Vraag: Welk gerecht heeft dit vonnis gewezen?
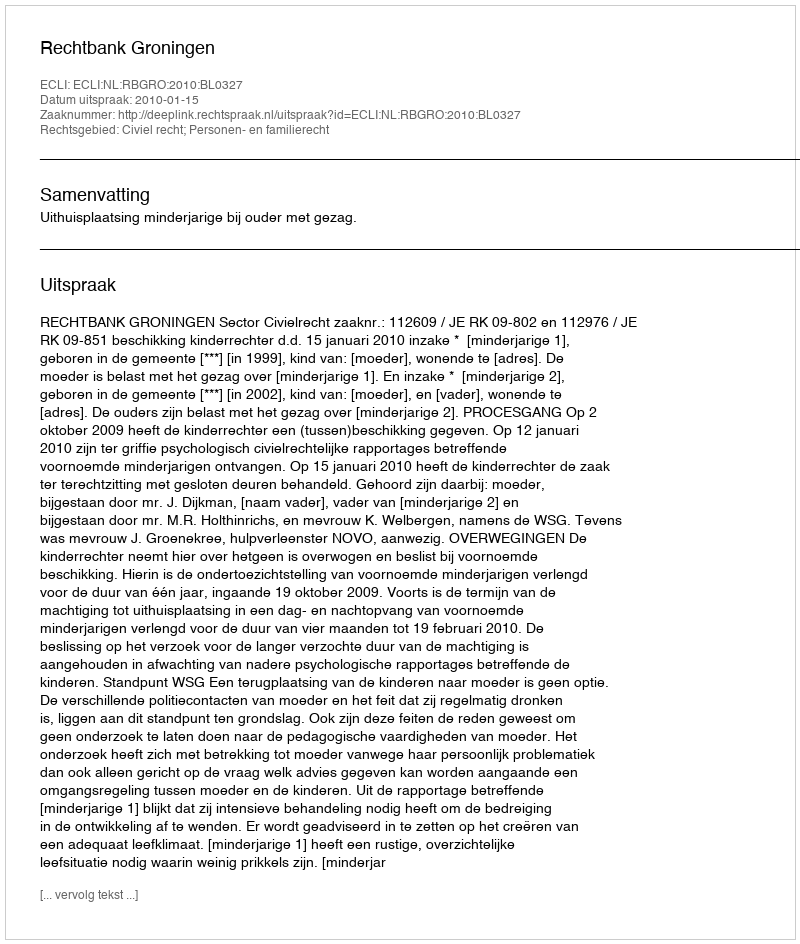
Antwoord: Rechtbank Groningen